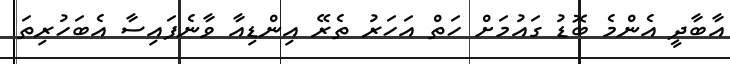
އާބާދީ އެންމެ ބޮޑު ގައުމަށް ހަތް އަހަރު ތެރޭ އިންޑިއާ ވާނެފައިސާ އެބަހުރިތަ